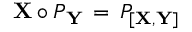
{ \bf X } \circ { \cal P } _ { \bf Y } \, = \, { \cal P } _ { [ { \bf X } , { \bf Y } ] }